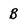
Character: B